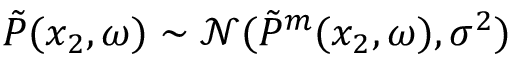
\Tilde { P } ( x _ { 2 } , \omega ) \sim \mathcal { N } ( \Tilde { P } ^ { m } ( x _ { 2 } , \omega ) , \sigma ^ { 2 } )